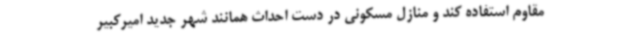
مقاوم استفاده کند و منازل مسکونی در دست احداث همانند شهر جدید امیرکبیر